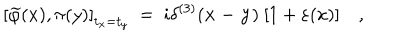
\left[ \widetilde \varphi ( x ) , \pi ( y ) \right] _ { t _ { x } = t _ { y } } ~ = ~ i \delta ^ { ( 3 ) } ( { \bf x - y } ) ~ [ 1 + \varepsilon ( x ) ] \quad , { \phantom { + \eta ( y ) + \varepsilon ( x ) ~ \eta ( y ) } }